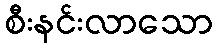
စီးနင်းလာသော